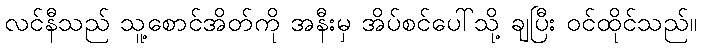
လင်နီသည် သူ့စောင်အိတ်ကို အနီးမှ အိပ်စင်ပေါ်သို့ ချပြီး ဝင်ထိုင်သည်။